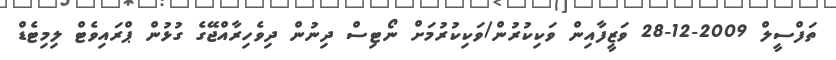
ތަފްސީލް 2009-12-28 ވަޒީފާއިން ވަކިކުރުން/ވަކިކުރުމަށް ނޯޓިސް ދިނުން ދިވެހިރާއްޖޭގެ ގުޅުން ޕްރައިވެޓް ލިމިޓެޑް